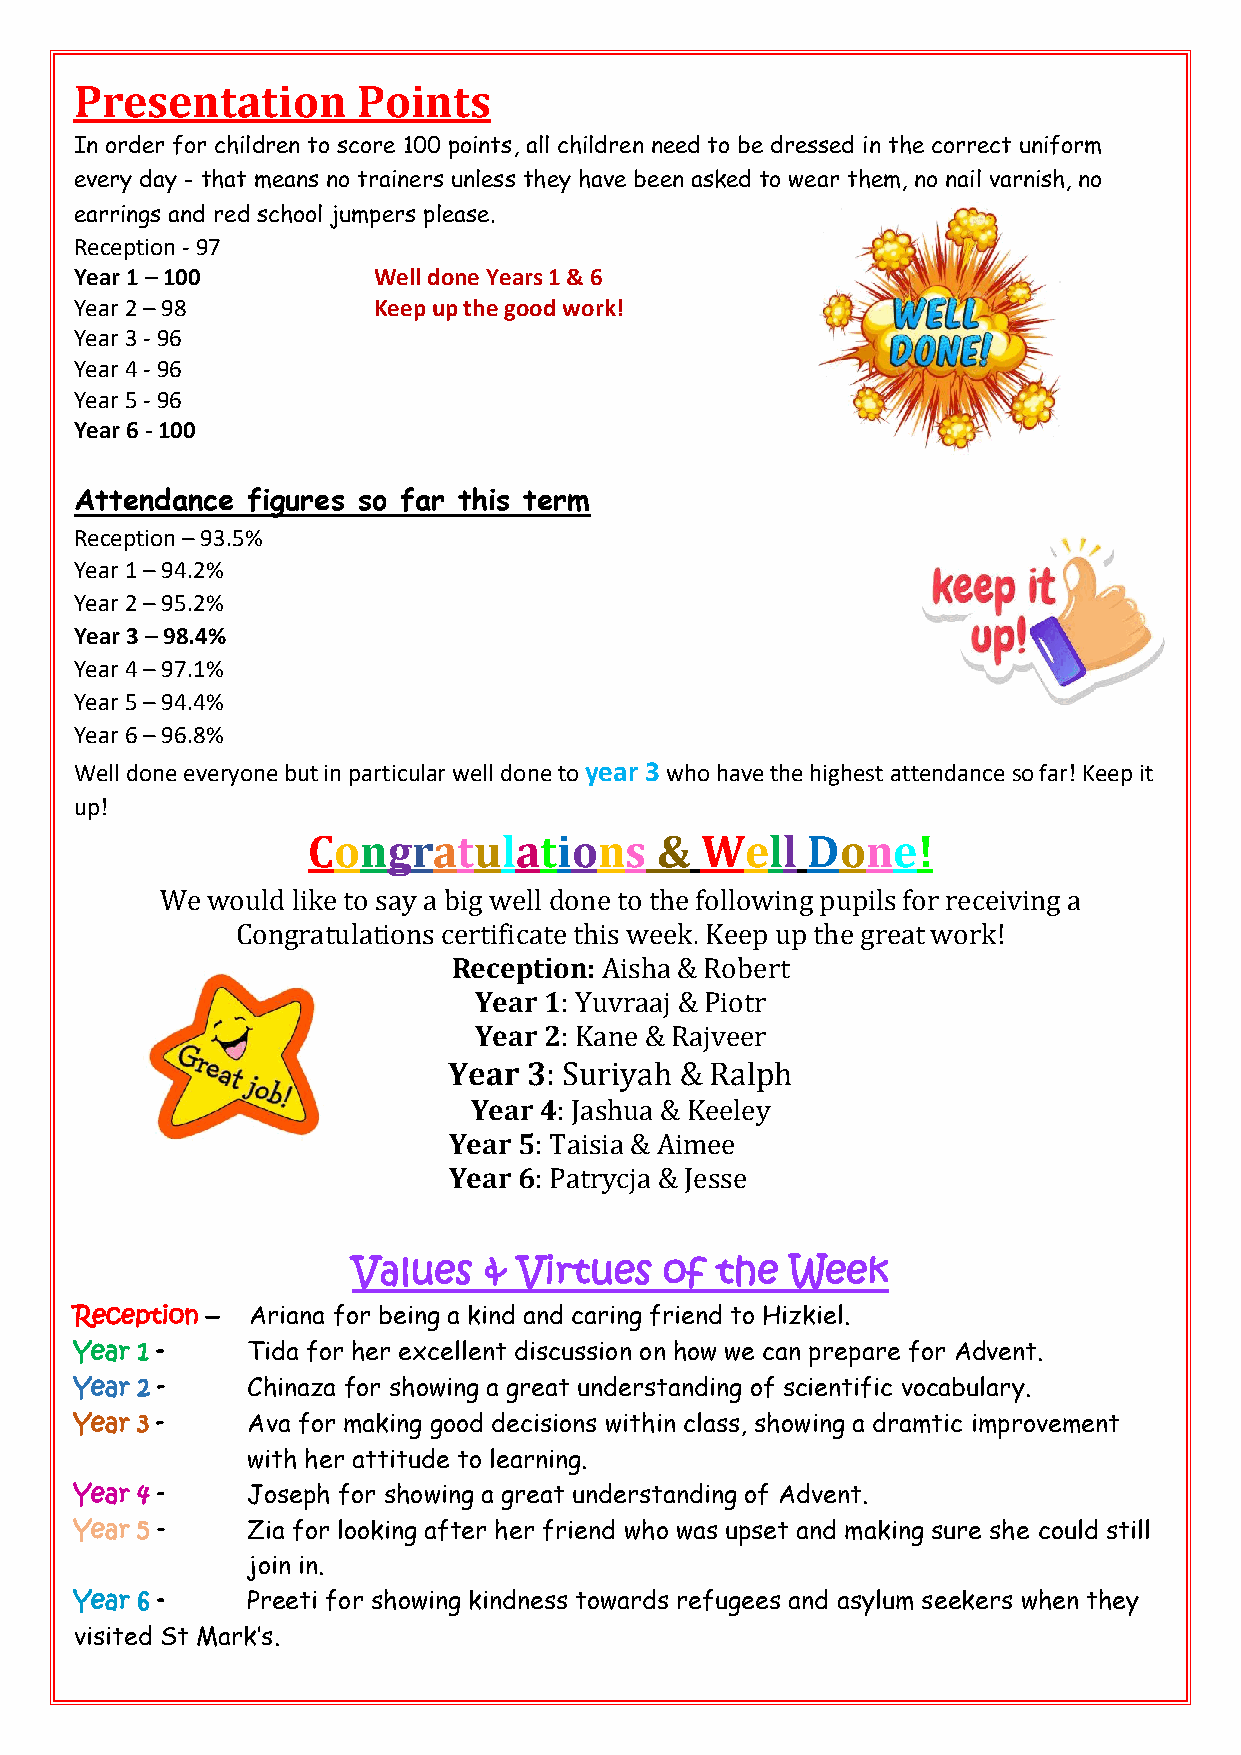
Presentation       Points
 In order for children to score 100 points, all children need to be dressed in the correct uniform
 every day - that means no trainers unless they have been asked to wear them, no nail varnish, no
 earrings and red school jumpers please.
 Reception - 97
 Year 1 – 100        Well done Years 1 & 6
 Year 2 – 98         Keep up the good work!
 Year 3 - 96
 Year 4 - 96
 Year 5 - 96
 Year 6 - 100
 Attendance figures so far this term
 Reception – 93.5%
 Year 1 – 94.2%
 Year 2 – 95.2%
 Year 3 – 98.4%
 Year 4 – 97.1%
 Year 5 – 94.4%
 Year 6 – 96.8%
 Well done everyone but in particular well done to year 3 who have the highest attendance so far! Keep it
 up!
 Congratulations        &  Well   Done!
 We would like to say a big well done to the following pupils for receiving a
 Congratulations certificate this week. Keep up the great work!
 Reception: Aisha & Robert
 Year 1: Yuvraaj & Piotr
 Year 2: Kane & Rajveer
 Year 3: Suriyah & Ralph
 Year 4: Jashua & Keeley
 Year 5: Taisia & Aimee
 Year 6: Patrycja & Jesse
 Values   & Virtues   of the  Week
 Reception – Ariana for being a kind and caring friend to Hizkiel.
 Year 1 -   Tida for her excellent discussion on how we can prepare for Advent.
 Year 2 -   Chinaza for showing a great understanding of scientific vocabulary.
 Year 3 -   Ava for making good decisions within class, showing a dramtic improvement
 with her attitude to learning.
 Year 4 -   Joseph for showing a great understanding of Advent.
 Year 5 -   Zia for looking after her friend who was upset and making sure she could still
 join in.
 Year 6 -   Preeti for showing kindness towards refugees and asylum seekers when they
 visited St Mark’s.